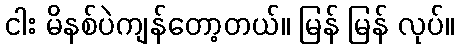
ငါး မိနစ်ပဲကျန်တော့တယ်။ မြန် မြန် လုပ်။